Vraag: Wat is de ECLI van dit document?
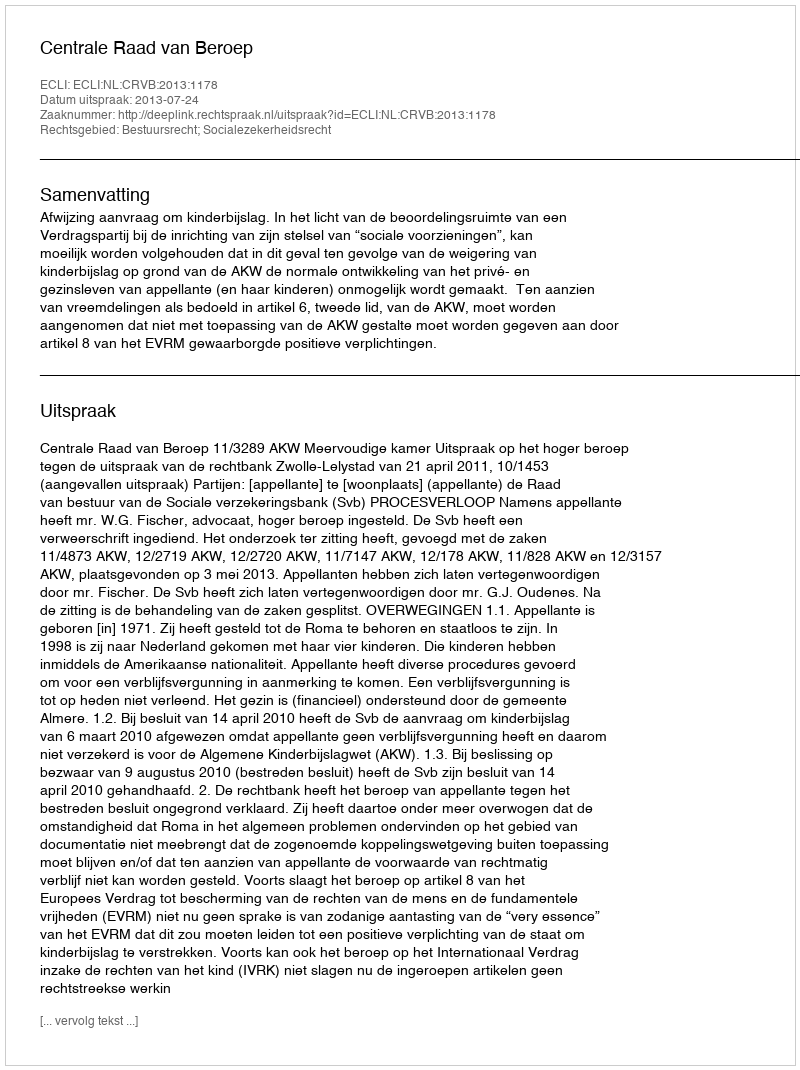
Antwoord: ECLI:NL:CRVB:2013:1178